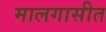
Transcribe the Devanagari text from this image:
मालगासीत